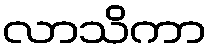
လာသိကာ